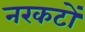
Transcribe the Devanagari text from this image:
नरकटों